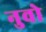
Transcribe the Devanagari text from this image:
नुवो